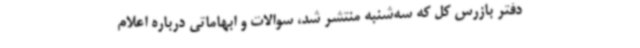
دفتر بازرس کل که سه‌شنبه منتشر شد، سوالات و ابهاماتی درباره اعلام